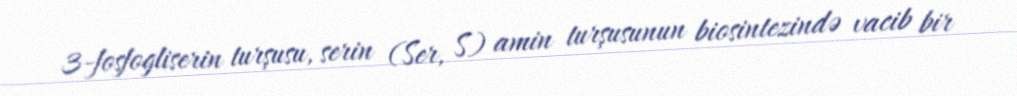
3-fosfogliserin turşusu, serin (Ser, S) amin turşusunun biosintezində vacib bir